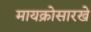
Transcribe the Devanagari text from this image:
मायक्रोसारखे